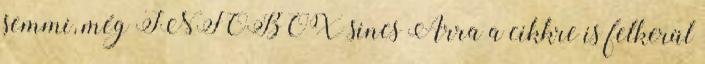
semmi, még INFOBOX sincs Arra a cikkre is felkerül